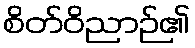
စိတ်ဝိညာဉ်၏